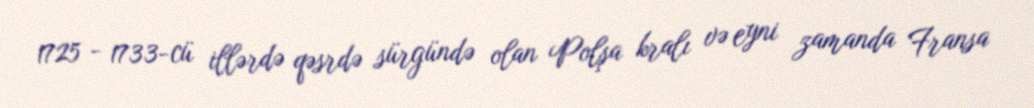
1725 - 1733-cü illərdə qəsrdə sürgündə olan Polşa kralı və eyni zamanda Fransa